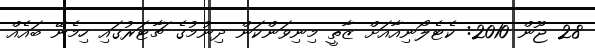
28 ޖޫން 2010: ކެޓެލޯނިއާއަށް ޒާތީ މިނިވަންކަން ދިނުމުގެ ޗާޓަރުގައި ހިމެނޭ ބައެއް